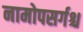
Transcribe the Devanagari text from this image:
नामोपसर्गश्च